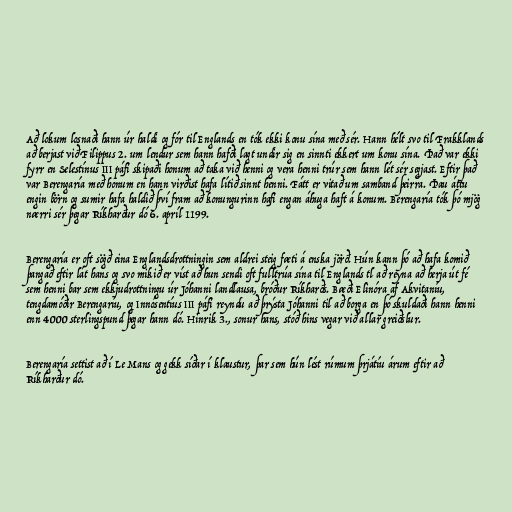
Að lokum losnaði hann úr haldi og fór til Englands en tók ekki konu sína með sér. Hann hélt svo til Frakklands
að berjast við Filippus 2. um lendur sem hann hafði lagt undir sig en sinnti ekkert um konu sína. Það var ekki
fyrr en Selestínus III páfi skipaði honum að taka við henni og vera henni trúr sem hann lét sér segjast. Eftir það
var Berengaría með honum en hann virðist hafa lítið sinnt henni. Fátt er vitað um samband þeirra. Þau áttu
engin börn og sumir hafa haldið því fram að konungurinn hafi engan áhuga haft á konum. Berengaría tók þó mjög
nærri sér þegar Ríkharður dó 6. apríl 1199.

Berengaría er oft sögð eina Englandsdrottningin sem aldrei steig fæti á enska jörð. Hún kann þó að hafa komið
þangað eftir lát hans og svo mikið er víst að hun sendi oft fulltrúa sína til Englands tl að reyna að herja út fé
sem henni bar sem ekkjudrottningu úr Jóhanni landlausa, bróður Ríkharðs. Bæði Elinóra af Akvitaníu,
tengdamóðir Berengaríu, og Innósentíus III páfi reyndu að þrýsta Jóhanni til að borga en þó skuldaði hann henni
enn 4000 sterlingspund þegar hann dó. Hinrik 3., sonur hans, stóð hins vegar við allar greiðslur.

Berengaría settist að í Le Mans og gekk síðar í klaustur, þar sem hún lést rúmum þrjátíu árum eftir að
Ríkharður dó.